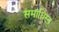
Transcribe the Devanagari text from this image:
समाधिस्त्